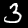
Label: 3